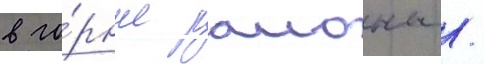
в го́рные раионы /